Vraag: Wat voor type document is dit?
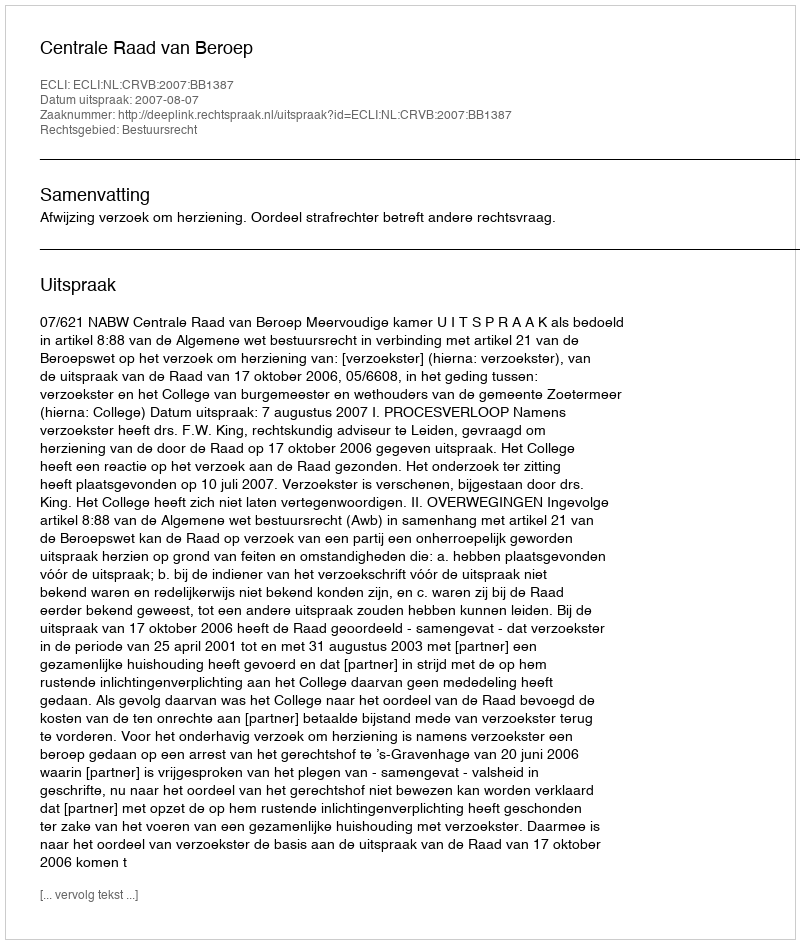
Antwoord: Uitspraak